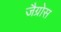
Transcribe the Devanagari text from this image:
जैग्रोस